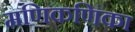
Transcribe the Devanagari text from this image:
मणिकणिका